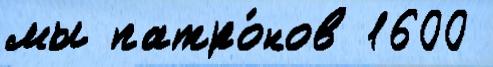
мы патро́нов 1600